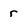
Character: r